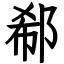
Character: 郗